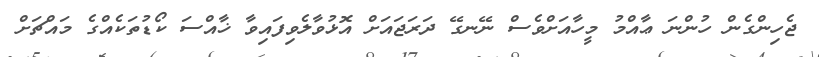
ޖެހިންގެން ހުންނަ ޢާއްމު މީހާއަށްވެސް ނޭނގޭ ދަރަޖައަށް އޮޅުވާލެވިފައިވާ ޚާއްސަ ކޯޑުތަކެއްގެ މައްޗަށް